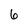
Character: 6